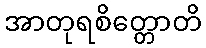
အာတုရစိတ္တောတိ